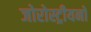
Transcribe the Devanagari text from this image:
जोरोस्ट्रीयनों